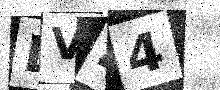
Text: DV44